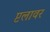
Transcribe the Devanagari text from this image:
प्टलावर